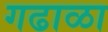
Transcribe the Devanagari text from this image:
गढाळा